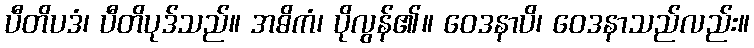
ပီတိပဒံ၊ ပီတိပုဒ်သည်။ အဓိကံ၊ ပိုလွန်၏။ ဝေဒနာပိ၊ ဝေဒနာသည်လည်း။